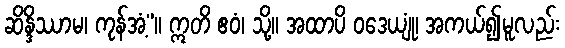
ဆိန္ဒိဿာမ၊ ကုန်အံ့”။ ဣတိ ဧဝံ၊ သို့။ အထာပိ ဝဒေယျုံ၊ အကယ်၍မူလည်း